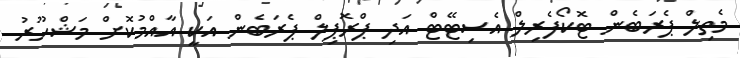
މެތިލް ޕެރަބެންް ޓޮކޯފެރިލް އެސިޓޭޓް އަދި ޕްރޮޕިލް ޕެރަބެން އަކީ އާއްމުކޮށް މަޝްހޫރު